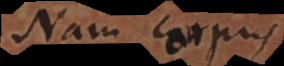
Nam corpus